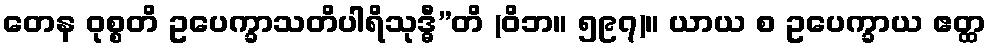
တေန ဝုစ္စတိ ဥပေက္ခာသတိပါရိသုဒ္ဓီ”တိ (ဝိဘ။ ၅၉၇)။ ယာယ စ ဥပေက္ခာယ ဧတ္ထ